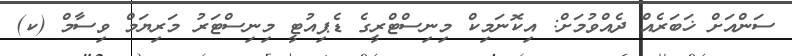
ސަންއަށް ޚަބަރެއް ދެއްވުމަށް: އިކޮނަމިކް މިނިސްޓްރީގެ ޑެޕިއުޓީ މިނިސްޓަރު މަރިޔަމް ވިސާމް (ކ)